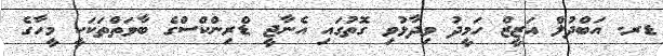
ޑރ. އަބްދުލް އަޒީޒް ހަމީދު ވިދާޅުވި ގޮތުގައި އެނާޖީ ޑްރިންކްސްގެ ބާވަތްތަކަކީ މީހާގެ